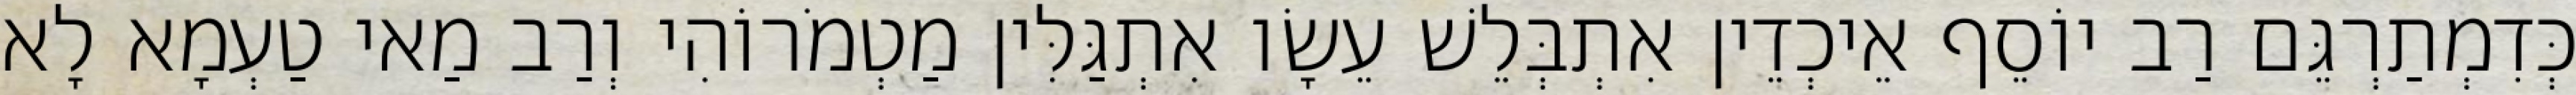
כְּדִמְתַרְגֵּם רַב יוֹסֵף אֵיכְדֵין אִתְבְּלֵשׁ עֵשָׂו אִתְגַּלִּין מַטְמֹרוֹהִי וְרַב מַאי טַעְמָא לָא